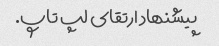
پیشنهاد ارتقای لپ تاپ.